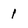
Character: 1